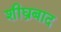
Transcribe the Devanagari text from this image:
शीघ्रबाद